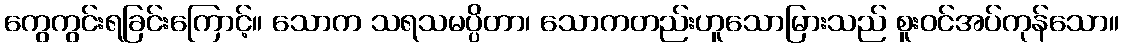
ကွေကွင်းရခြင်းကြောင့်။ သောက သရသမပ္ပိတာ၊ သောကတည်းဟူသောမြားသည် စူးဝင်အပ်ကုန်သော။